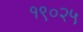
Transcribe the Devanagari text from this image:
१९०२५